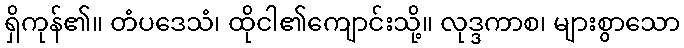
ရှိကုန်၏။ တံပဒေသံ၊ ထိုငါ၏ကျောင်းသို့။ လုဒ္ဒကာစ၊ များစွာသော